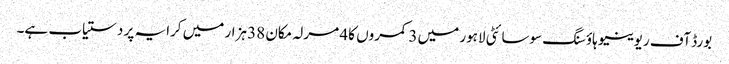
بورڈ آف ریوینیو ہاؤسنگ سوسائٹی لاہور میں 3 کمروں کا 4 مرلہ مکان 38 ہزار میں کرایہ پر دستیاب ہے۔